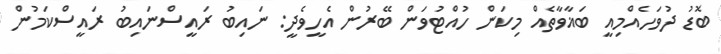
ބޮޑު ދުވަހެއްމިއީ ބަޣާވާތެއް މިކަން ހުއްޓުވަން ބޭރުން އެހީވެދީ: ނައިބު ރައީސްނައިބު ރައީސްކަމުން